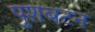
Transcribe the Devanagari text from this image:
पुशबटन